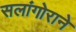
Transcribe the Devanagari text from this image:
सलांगोराने